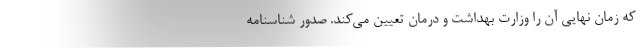
که زمان نهایی آن را وزارت بهداشت و درمان تعیین می‌کند. صدور شناسنامه